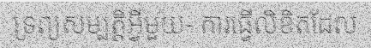
ទ្រព្យសម្បត្តិអ្វីមួយ- ការធ្វើលិខិតដែល